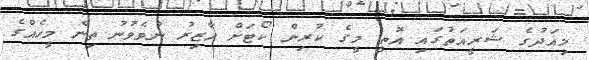
މިއަދުގެ ޝަރީއަތުގައި އޮތީ މީގެ ކުރިން ކޯޓަށް ހާޒިރު ނުވެވުނު ތިން މީހެއްގެ